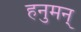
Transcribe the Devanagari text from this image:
हनुमन्